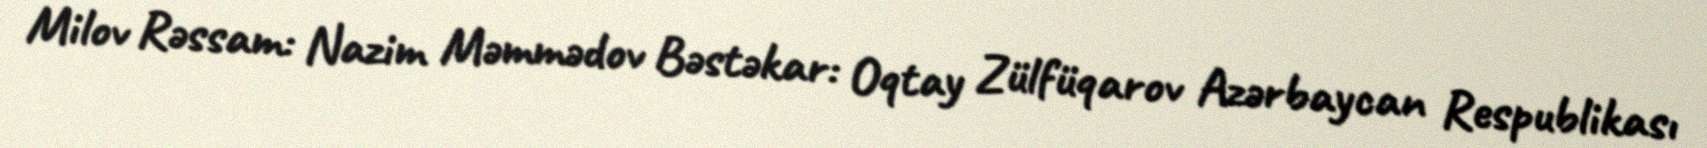
Milov Rəssam: Nazim Məmmədov Bəstəkar: Oqtay Zülfüqarov Azərbaycan Respublikası